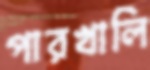
পারখালি